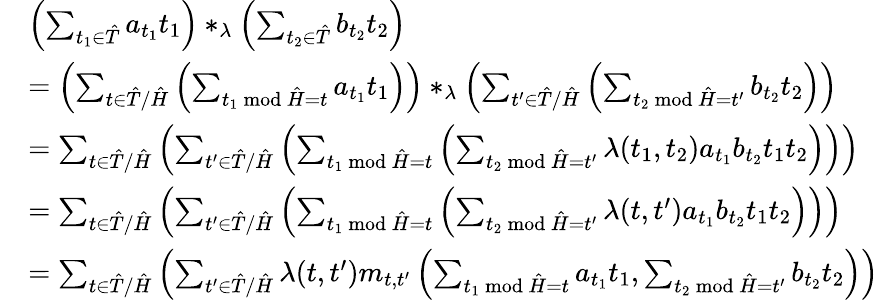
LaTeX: \begin{array}{rl}&{\left(\sum_{t_{1}\in\hat{T}}a_{t_{1}}t_{1}\right)\ast_{\lambda}\left(\sum_{t_{2}\in\hat{T}}b_{t_{2}}t_{2}\right)}\\ &{=\left(\sum_{t\in\hat{T}/\hat{H}}\left(\sum_{t_{1}\bmod\hat{H}=t}a_{t_{1}}t_{1}\right)\right)\ast_{\lambda}\left(\sum_{t^{\prime}\in\hat{T}/\hat{H}}\left(\sum_{t_{2}\bmod\hat{H}=t^{\prime}}b_{t_{2}}t_{2}\right)\right)}\\ &{=\sum_{t\in\hat{T}/\hat{H}}\left(\sum_{t^{\prime}\in\hat{T}/\hat{H}}\left(\sum_{t_{1}\bmod\hat{H}=t}\left(\sum_{t_{2}\bmod\hat{H}=t^{\prime}}\lambda(t_{1},t_{2})a_{t_{1}}b_{t_{2}}t_{1}t_{2}\right)\right)\right)}\\ &{=\sum_{t\in\hat{T}/\hat{H}}\left(\sum_{t^{\prime}\in\hat{T}/\hat{H}}\left(\sum_{t_{1}\bmod\hat{H}=t}\left(\sum_{t_{2}\bmod\hat{H}=t^{\prime}}\lambda(t,t^{\prime})a_{t_{1}}b_{t_{2}}t_{1}t_{2}\right)\right)\right)}\\ &{=\sum_{t\in\hat{T}/\hat{H}}\left(\sum_{t^{\prime}\in\hat{T}/\hat{H}}\lambda(t,t^{\prime})m_{t,t^{\prime}}\left(\sum_{t_{1}\bmod\hat{H}=t}a_{t_{1}}t_{1},\sum_{t_{2}\bmod\hat{H}=t^{\prime}}b_{t_{2}}t_{2}\right)\right)}\end{array}